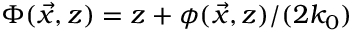
\begin{array} { r } { \Phi ( \vec { x } , z ) = z + \phi ( \vec { x } , z ) / ( 2 k _ { 0 } ) } \end{array}